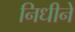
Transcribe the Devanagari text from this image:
निधीने